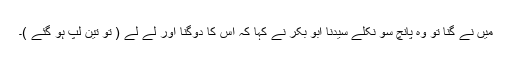
میں نے گِنا تو وہ پانچ سو نکلے سیدنا ابو بکرؓ نے کہا کہ اس کا دوگنا اور لے لے ( تو تین لپ ہو گئے )۔